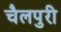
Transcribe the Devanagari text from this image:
चैलपुरी